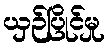
ယှဉ်ပြိုင်မှု